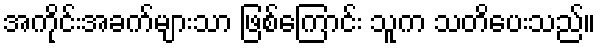
အကိုင်းအခက်များသာ ဖြစ်ကြောင်း သူက သတိပေးသည်။